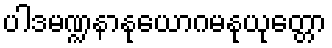
ပါဒမဏ္ဍနာနုယောဂမနုယုတ္တော